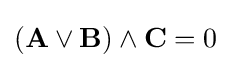
(\mathbf {A} \lor \mathbf {B} )\land \mathbf {C} =0